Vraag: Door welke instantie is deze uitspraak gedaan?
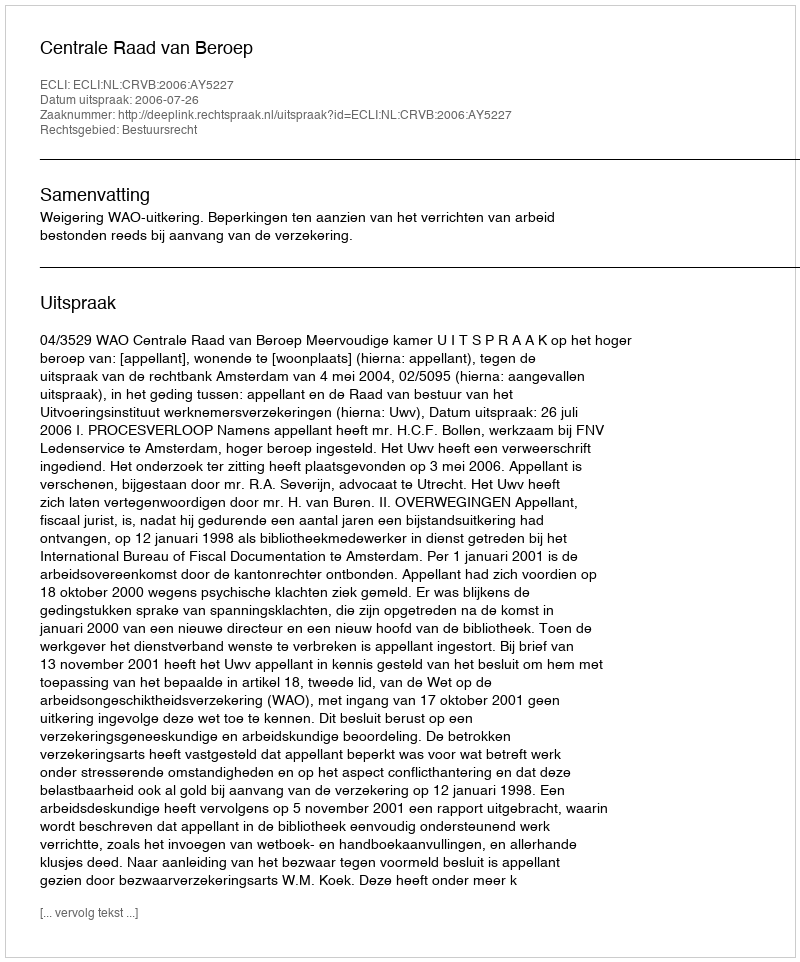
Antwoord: Centrale Raad van Beroep